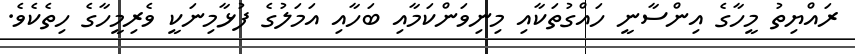
ރައްޔިތު މީހާގެ އިންސާނީ ހައްގުތަކާއި މިނިވަންކަމާއި ބަހާއި އަމަލުގެ ފުޅާމިނަކީ ވެރިމީހާގެ ހިތެކެވެ.